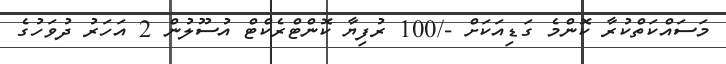
މަސައްކަތްކުރާ ކޮންމެ ގަޑިއަކަށް -/100 ރުފިޔާ ކޮންޓްރެކްޓް އުސޫލުން 2 އަހަރު ދުވަހުގެ